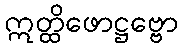
ဣတ္ထိဖောဋ္ဌဗ္ဗော